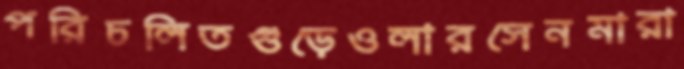
পরিচলিতগুড়েওলারসেনমারা